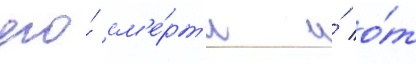
его́ см'е́рт'и и́ о́т